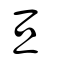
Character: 亙